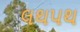
લથપથ